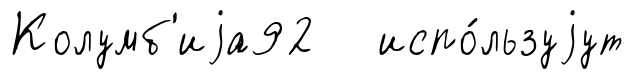
Колумб'иjа92 испо́льзуjут